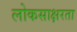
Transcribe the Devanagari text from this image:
लोकसाक्षरता